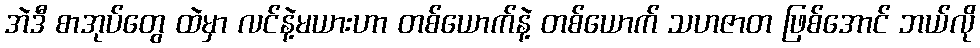
အဲဒီ စာအုပ်တွေ ထဲမှာ လင်နဲ့မယားဟာ တစ်ယောက်နဲ့ တစ်ယောက် သဟဇာတ ဖြစ်အောင် ဘယ်လို